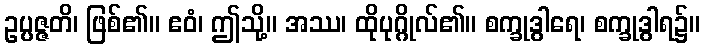
ဥပ္ပဇ္ဇတိ၊ ဖြစ်၏။ ဧဝံ၊ ဤသို့။ အဿ၊ ထိုပုဂ္ဂိုလ်၏။ စက္ခုဒွါရေ၊ စက္ခုဒွါရ၌။